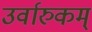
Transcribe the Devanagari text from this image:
उर्वारुकम्